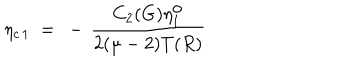
LaTeX: \eta _ { c \, 1 } ~ = ~ - \, \frac { C _ { 2 } ( G ) \eta _ { 1 } ^ { \mathrm { o } } } { 2 ( \mu - 2 ) T ( R ) }